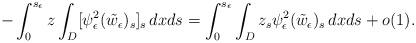
LaTeX: \begin{align*}- \int_0^{s_\epsilon}z \int_D [\psi^2_\epsilon (\tilde w_\epsilon)_s]_s\,dxds = \int_0^{s_\epsilon}\int_D z_s \psi^2_\epsilon (\tilde w_\epsilon)_s\,dxds + o(1).\end{align*}